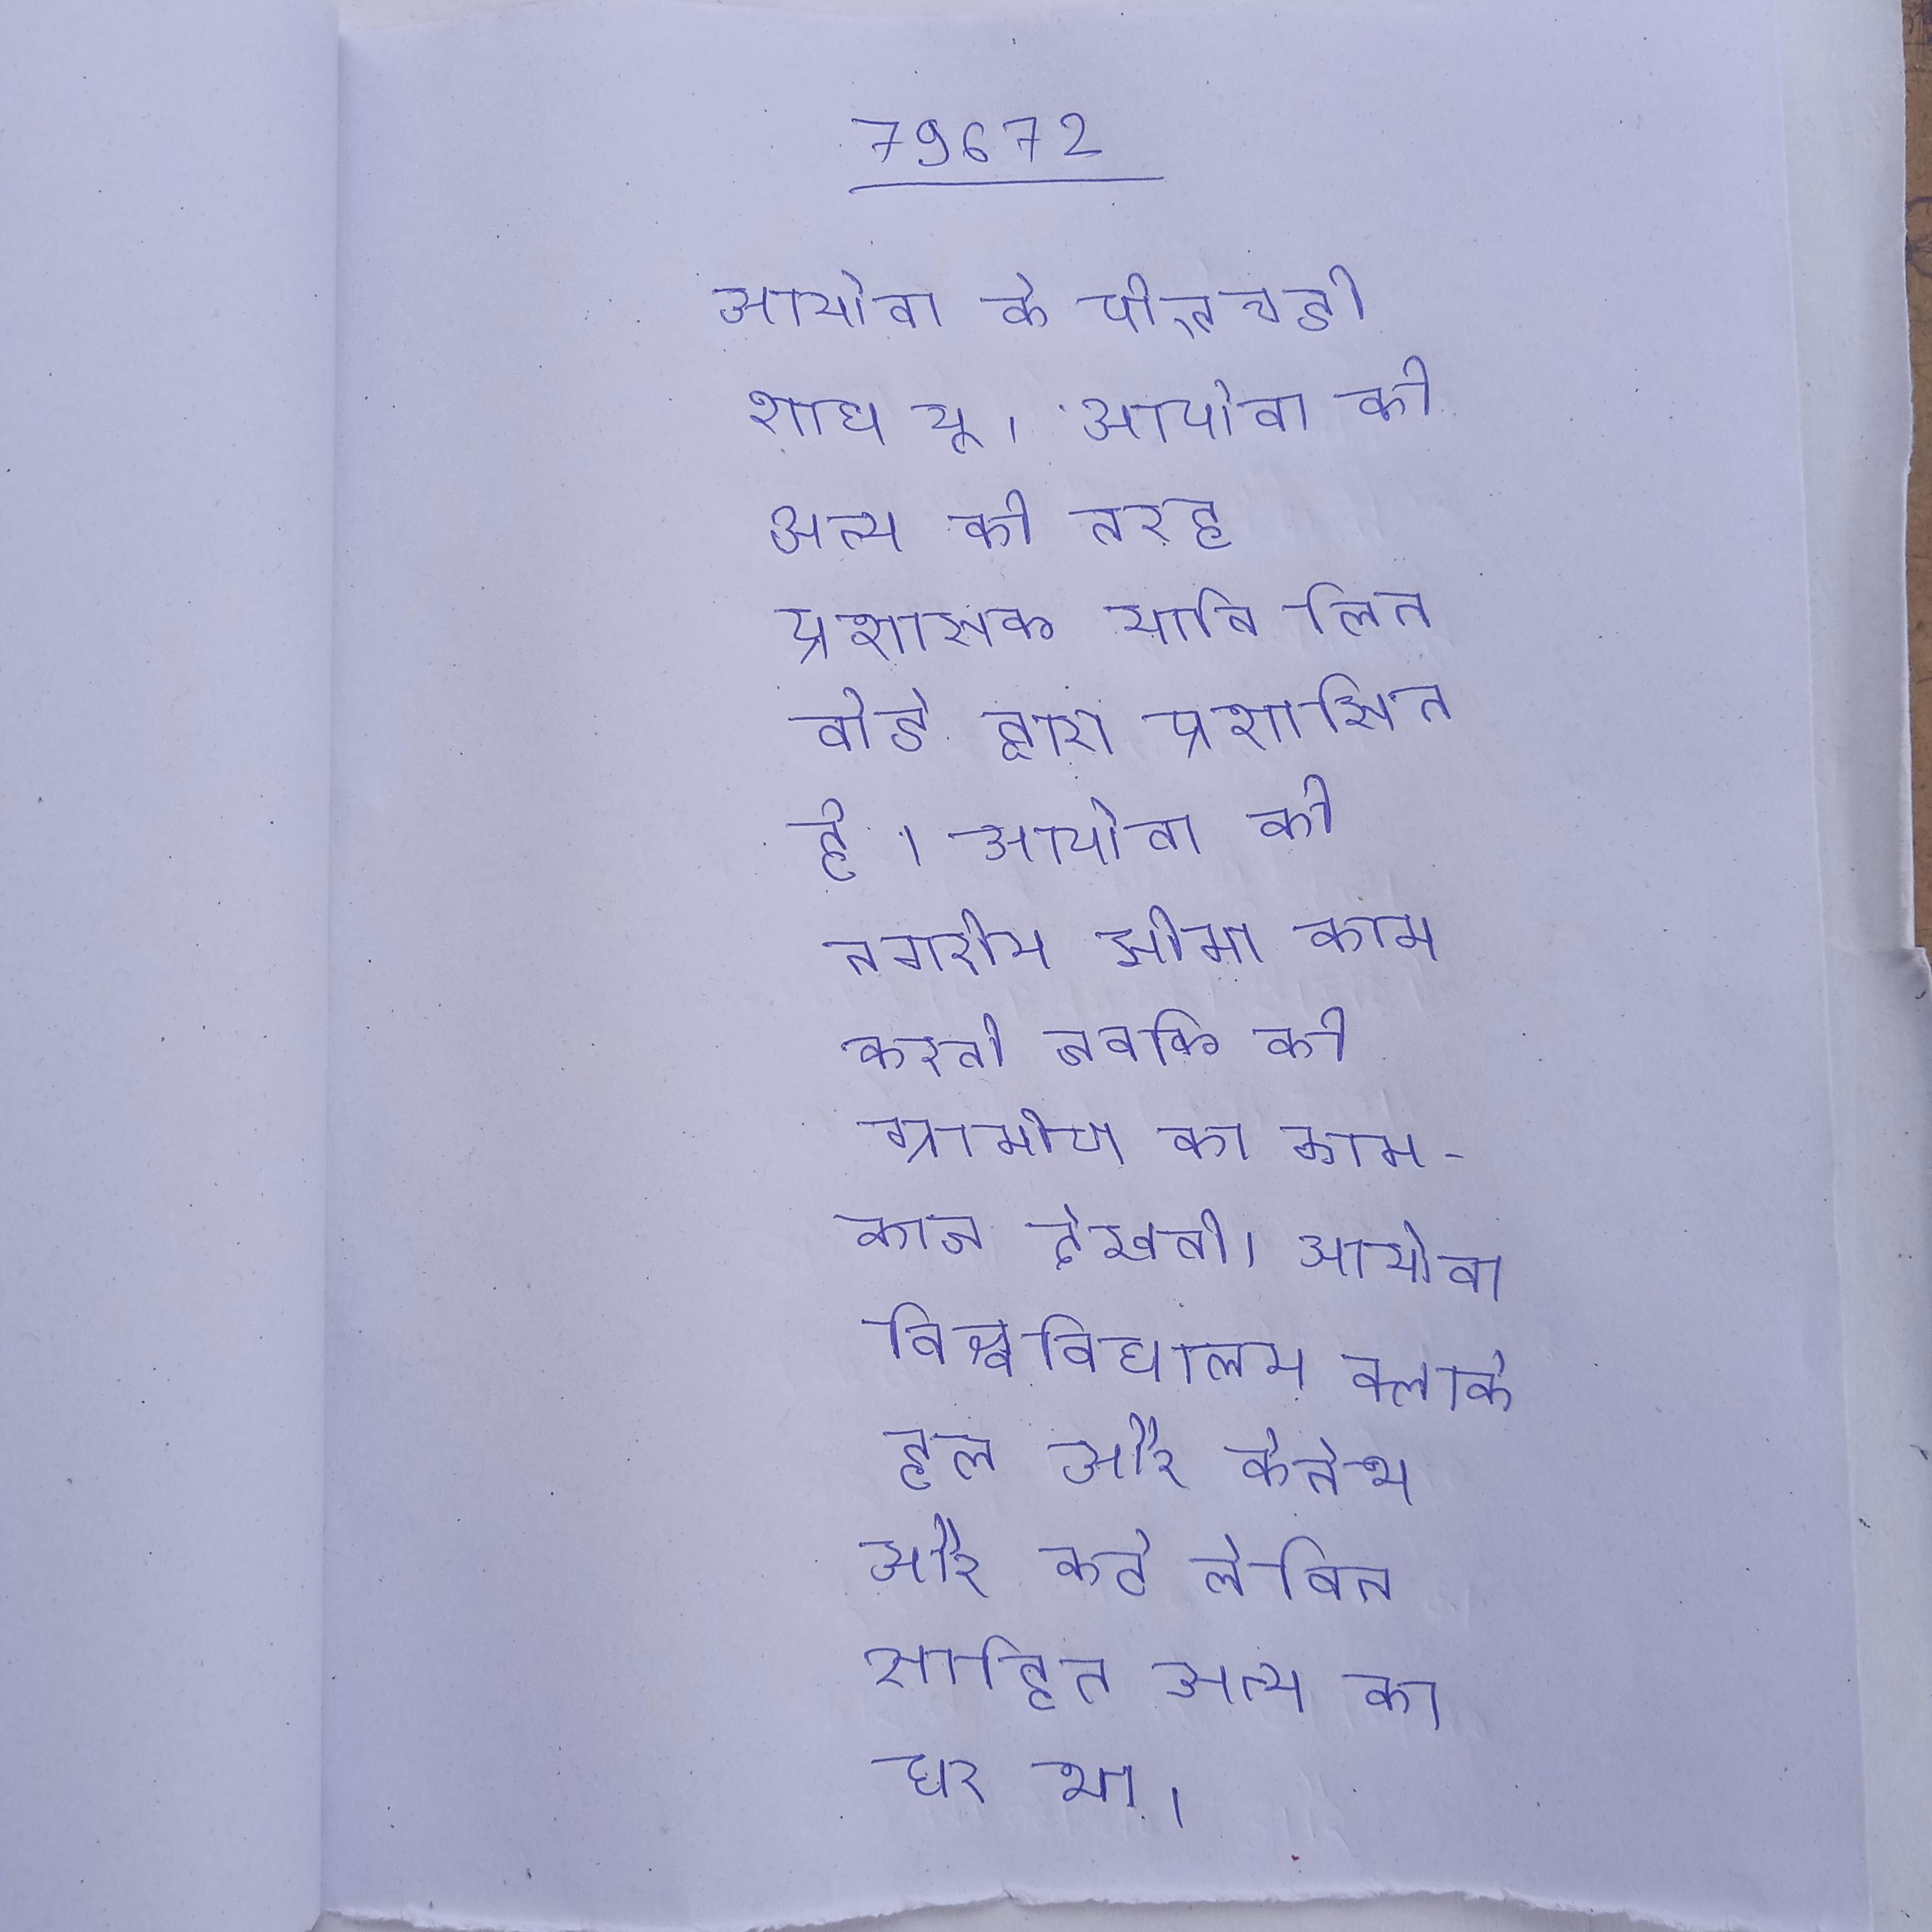
आयोवा के पीएचडी शोध यू । आयोवा की अन्य की तरह प्रशासक यानि लिन बोर्ड द्वारा प्रशासित है । आयोवा की नगरीय सीमा काम करती जबकि की ग्रामीण का काम-काज देखती । आयोवा विश्वविद्यालय क्लार्क हल और केनेथ और कर्ट लेविन सहित अन्य का घर था ।